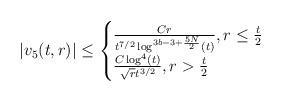
LaTeX: \begin{align*} |v_{5}(t,r)| \leq \begin{cases} \frac{C r}{t^{7/2} \log^{3b-3+\frac{5N}{2}}(t)}, r \leq \frac{t}{2}\\\frac{C \log^{4}(t)}{\sqrt{r} t^{3/2}}, r > \frac{t}{2}\end{cases}\end{align*}